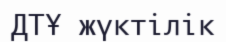
ДТҰ жүктілік